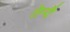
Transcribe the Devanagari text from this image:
तेन्दै